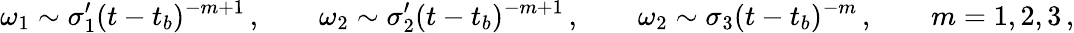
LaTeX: \omega_{1}\sim\sigma_{1}^{\prime}(t-t_{b})^{-m+1}\, ,\qquad\omega_{2}\sim\sigma_{2}^{\prime}(t-t_{b})^{-m+1}\, ,\qquad\omega_{2}\sim\sigma_{3}(t-t_{b})^{-m}\, ,\qquad m=1,2,3\, ,